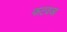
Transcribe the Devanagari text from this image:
फटवजा